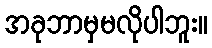
အခုဘာမှမလိုပါဘူး။